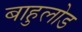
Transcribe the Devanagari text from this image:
बाहुलोड